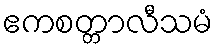
ဧကစတ္တာလီသမံ